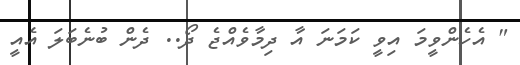
" އެހެންވީމަ އިވީ ކަމަނަ އާ ދިމާވެއްޖެ ދޯ.. ދެން ބުނެބަލަ އެއީ